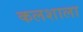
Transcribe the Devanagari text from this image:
कलशाला